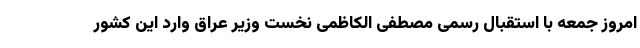
امروز جمعه با استقبال رسمی مصطفی الکاظمی نخست وزیر عراق وارد این کشور